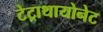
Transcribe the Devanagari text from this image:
टेट्राथायोनेट